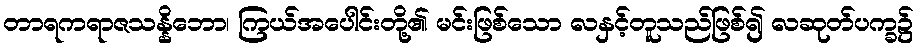
တာရကရာဇသန္နိဘော၊ ကြယ်အပေါင်းတို့၏ မင်းဖြစ်သော လနှင့်တူသည်ဖြစ်၍ လဆုတ်ပက္ခ၌